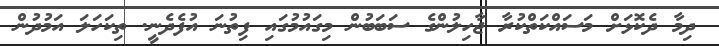
ދިމާ ދެކޮޅަށް މަސައްކަތްކުރާ ޖާހިލުންގެ ސަބަބުން މިގައުމުގައި ފިތުނަ އުފެދެނީ. ތިކަހަލަ އަމުދުން